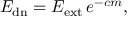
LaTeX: E _ { \mathrm { { d n } } } = E _ { \mathrm { { e x t } } } \, e ^ { - c m } ,